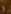
و